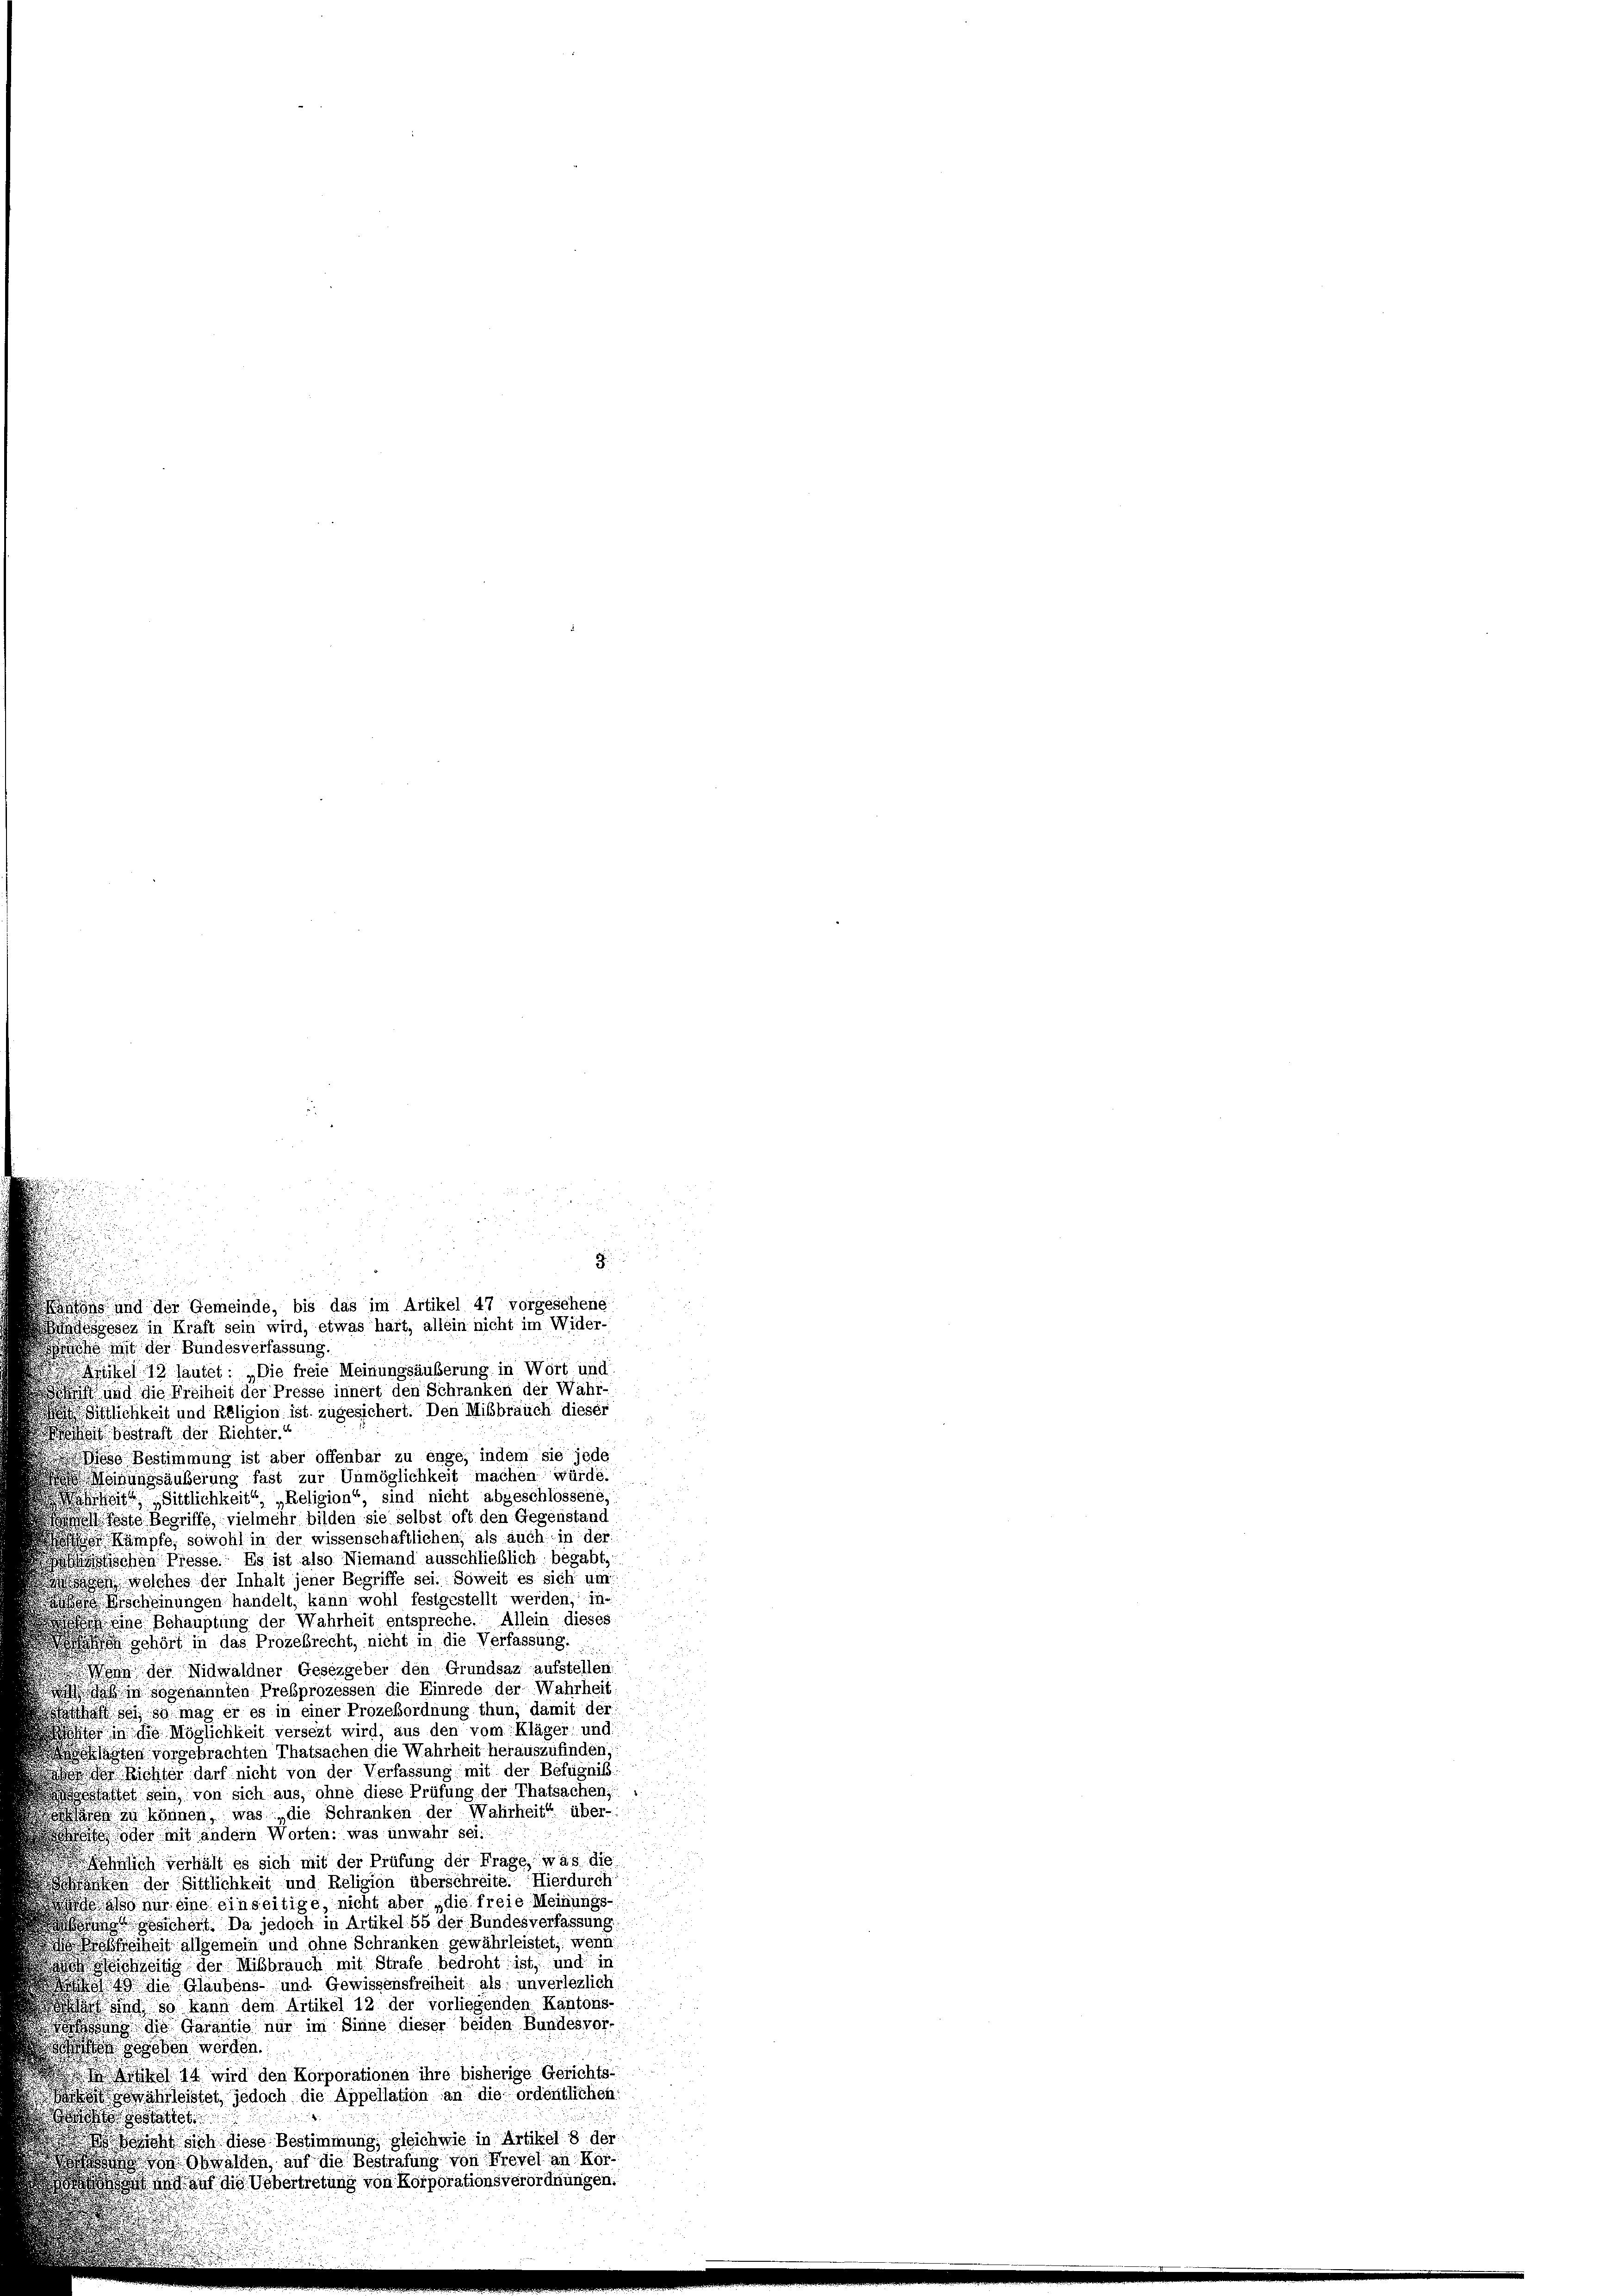
8
u
nius und der Gemeinde, bis das im Artikel 47 vorgesehene
ndesgesez in Kraft sein wird, etwas hart, allein nicht im Wider-

asche mit der Bundesverfassung.
12 lautet: „Die freie Meinungsäußerung in Wört und
 und die Freiheit der Presse innert den Schranken der Wahr-
istlichkeit und Religion ist zugesichert. Den Missbrauch dieser
Mit Bestraft der Richter.
Diese Bestimmung ist aber offenbar zu enge, indem sie jede
Meinungsäußerung fast zur Unmöglichkeit machen würde.
ahrheit Sittlichkeit“ „Religion“, sind nicht abgeschlossene,
hell feste Begriffe, vielmehr bilden sie selbst oft den Gegenstand
 Kämpfe, sowohl in der wissenschaftlichen, als auch in der
ischen Presse. Es ist also Niemand ausschließlich begabt,
on welches der Inhalt jener Begriffe sei. Soweit es sich um
 Erscheinungen handelt, kann wohl festgestellt werden, ineine Behauptung der Wahrheit entspreche. Allein dieses
o gehört in das Prozebrecht, nicht in die Verfassung.
Wenn der Nidwaldner Gesezgeber den Grundsaz aufstellen:
Daß in sogenannten Prebprozessen die Einrede der Wahrheit:
thaft sei so mag er es in einer Prozeßordnung thun, damit der
ht in die Möglichkeit versezt wird, aus den vom Kläger und
agsklagten vorgebrachten Thatsachen die Wahrheit herauszufinden;
der Richter darf nicht von der Verfassung mit der Befugniß:
estattet sein, von sich aus, ohne diese Prüfung der Thatsachen,
oh zu können, was die Schranken der Wahrheit über-
oder mit andern Worten: was unwahr sei.
öhnlich verhält es sich mit der Prüfung der Frage, was die
shen der Sittlichkeit und Religion überschreite. Hierdurch
ao nur eine einseitige nicht aber „die freie Meinungs
gesichert. Da jedoch in Artikel 55 der Bundesverfassung.
bfreiheit allgemein und ohne Schranken gewährleistet, wenn
ichzeitig der Mißbrauch mit Strafe bedroht, ist, und in
49 die Glaubens- und Gewissensfreiheit als unverlezlich
d und so kann dem Artikel 12 der vorliegenden Kantons-
sung die Garantie nur im Sinne dieser beiden Bundesvor-
 gesehen werden
a Artikel 14 wird den Korporationen ihre bisherige Gerichts-
währleistet, jedoch die Appellation an die ordentlichen
attet
ohn sich diese Bestimmung gleichwie in Artikel 8 der
 von Obwalden, auf die Bestrafung von Frevel an Kor¬

ng von Korporationsverordnungen.

s